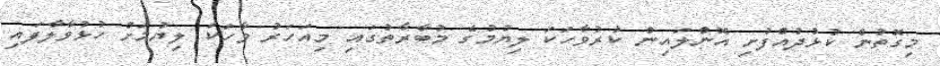
މިގޮތުން ކުޅުދުއްފުށި އޮންލައިން ކުރުވާހަކަ ލިޔުމުގެ މުބާރާތުގައި މިއަހަރު ވާހަކަ ލިޔުމަށް ހުޅުވާލާފައި